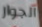
الجوار